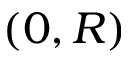
( 0 , R )